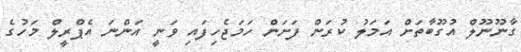
ގާނޫނޫލް އުގޫބާތަށް އަމަލު ކުރަން ފަށަން ހަމަޖެހިފައި ވަނީ އަންނަ އެޕްރީލް މަހުގެ